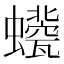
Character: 𧔀